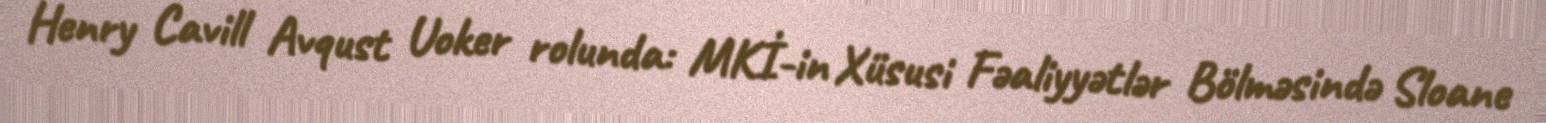
Henry Cavill Avqust Uoker rolunda: MKİ-in Xüsusi Fəaliyyətlər Bölməsində Sloane